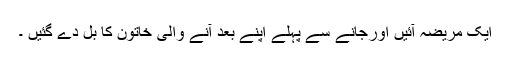
ایک مریضہ آئیں اورجانے سے پہلے اپنے بعد آنے والی خاتون کا بل دے گئیں ۔